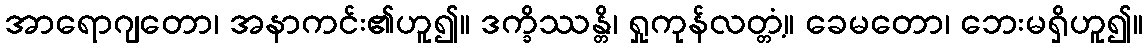
အာရောဂျတော၊ အနာကင်း၏ဟူ၍။ ဒက္ခိဿန္တိ၊ ရှုကုန်လတ္တံ့။ ခေမတော၊ ဘေးမရှိဟူ၍။